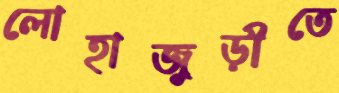
লোহাজুড়ীতে